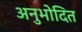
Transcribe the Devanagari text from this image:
अनुभोदित